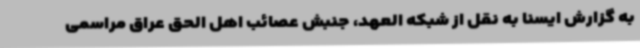
به گزارش ایسنا به نقل از شبکه العهد، جنبش عصائب اهل الحق عراق مراسمی